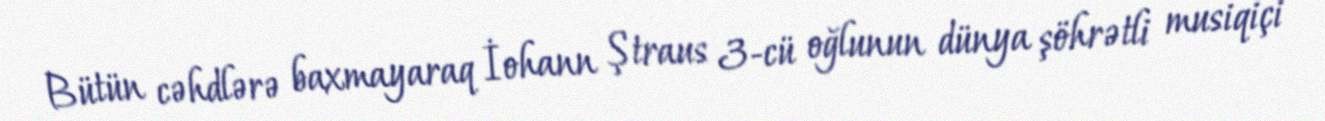
Bütün cəhdlərə baxmayaraq İohann Ştraus 3-cü oğlunun dünya şöhrətli musiqiçi